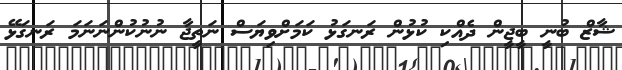
ޝާޒް ބުނީ ބީޖީން ދެއްކި ކުޅުން ރަނގަޅު ކަމަށްވިޔަސް ނަތީޖާ ނުނުކުންނަނަމަ ރަނގަޅޭ